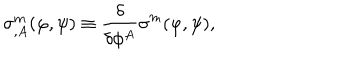
\sigma _ { , A } ^ { m } ( \varphi , \psi ) \equiv \frac { \delta } { \delta \phi ^ { A } } \sigma ^ { m } ( \varphi , \psi ) ,